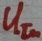
Text: UIn